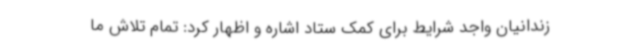
زندانیان واجد شرایط برای کمک ستاد اشاره و اظهار کرد: تمام تلاش ما